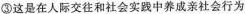
③这是在人际交往和社会实践中养成亲社会行为